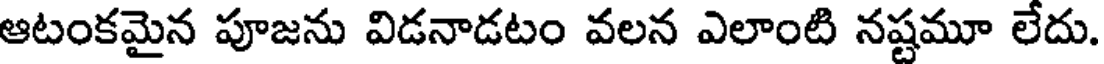
ఆటంకమైన పూజను విడనాడటం వలన ఎలాంటి నష్టమూ లేదు.